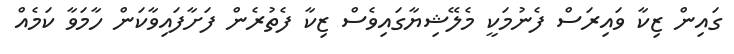
ގައިން ޒިކާ ވައިރަސް ފެނުމަކީ މެލޭޝިޔާގައިވެސް ޒިކާ ފެތުރެން ފަށާފައިވާކަން ހާމަވާ ކަމެއް